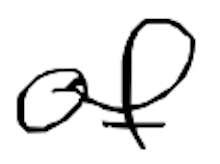
Text: of
Cross-out: clean
Writing tool: digital_black